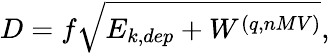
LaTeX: D=f\sqrt{{E_{k,dep}+W^{(q,nMV)}}},